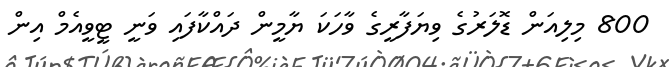
800 މިލިއަން ޑޮލަރުގެ ވިޔަފާރީގެ ވާހަކަ ޔާމީން ދައްކާފައި ވަނީ ޓީވީއެމް އިން